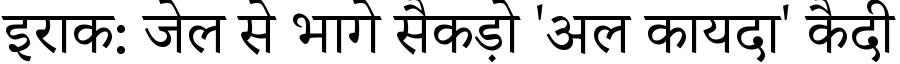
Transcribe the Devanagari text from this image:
इराक: जेल से भागे सैकड़ो 'अल कायदा' कैदी